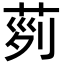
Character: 𦱝